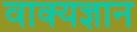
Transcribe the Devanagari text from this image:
वाक्यज्ञान